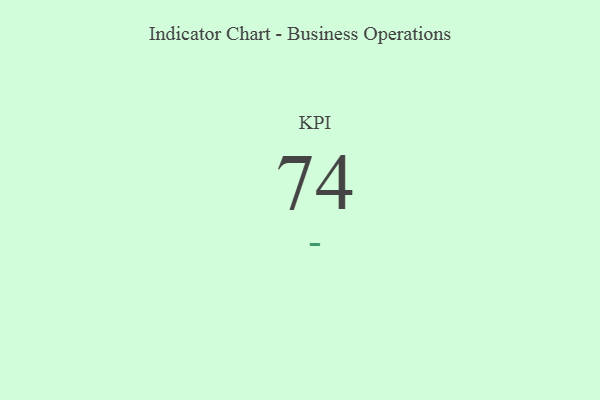
{"axis": {"x": "KPI", "y": "Value"}, "legend": [""], "data": [{"x": "KPI", "y": 74, "type": ""}]}